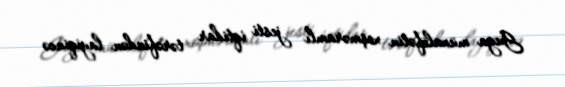
Guya müxalifətin xoşməramlı jesti iqtidar tərəfindən layiqincə